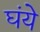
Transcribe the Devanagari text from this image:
घंये